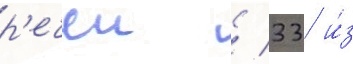
р'ечеи / 33 и́з